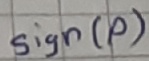
Text: Sign(p)